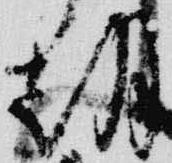
朝